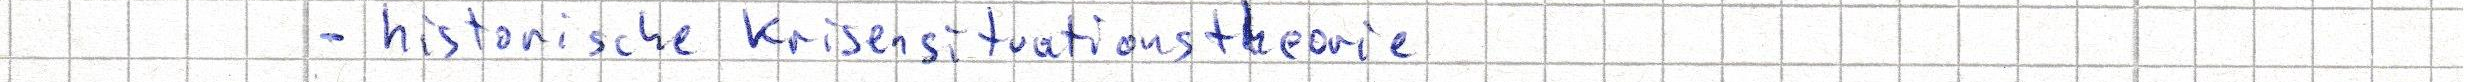
- historische Krisensituationstheorie